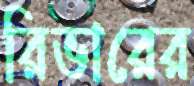
রিভারের